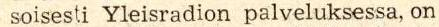
soisesti Yleisradion palveluksessa, on